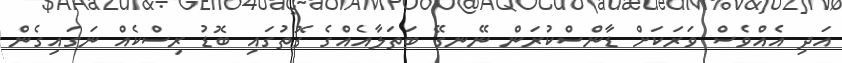
އަދި އެއްވެސް ވަރަކަށް ޑާންސްކުރަން ނޭނގޭ ބަތަލާއެއްގެ ގޮތުގައި ބޮޑު ރިސްކެއް ނަގައިގެން